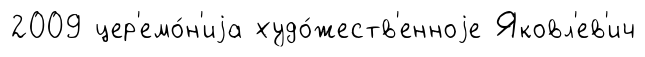
2009 цер'емо́н'иjа худо́жеств'енноjе Яковл'ев'ич